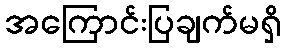
အကြောင်းပြချက်မရှိ